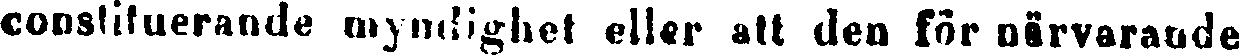
constituerande myndighet eller att den för närvarande